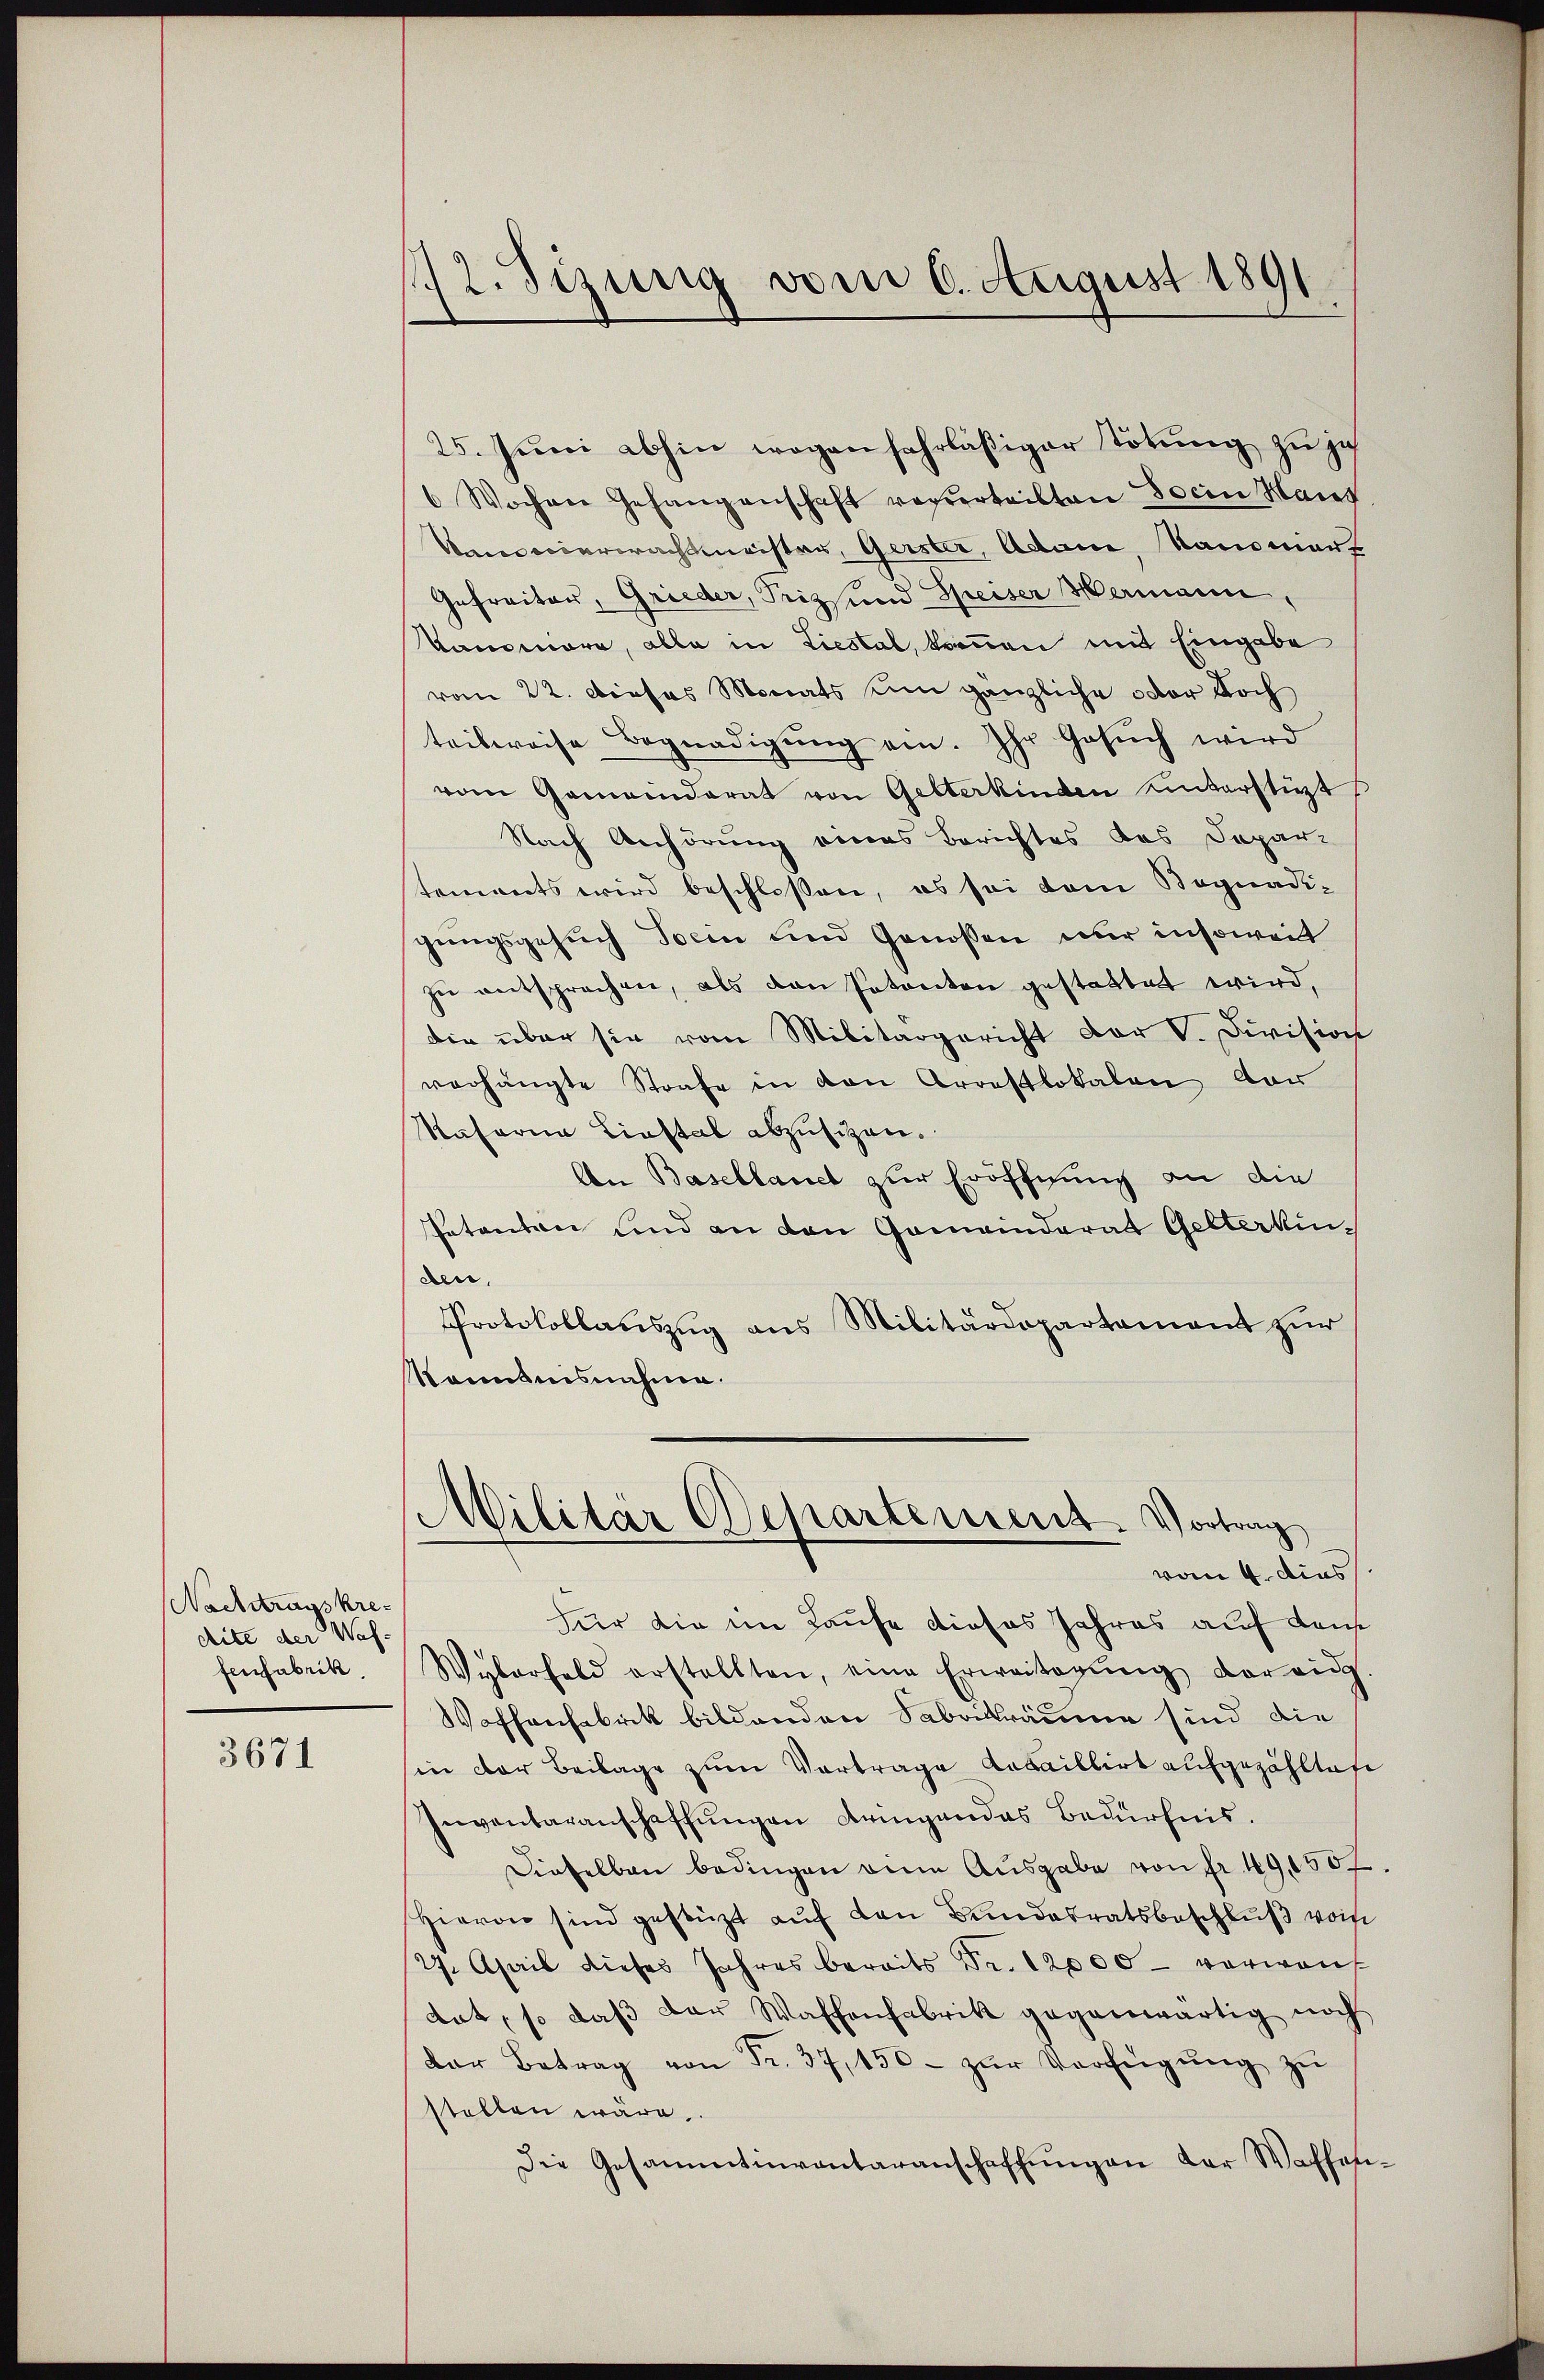
Nachtragskre-
dite der Was-
fenfabrik.

3671

12. Sizung vom 6. August 1891

25. Juni abhin wegen fahrläßiger Tötung zu jet
6 Wochen Gefangenschaft verurteilten Socin Haus
Vonosciarerachtmeister, Gerster, Adame, Raumant
Gefreiter, Grieder, Prizsund Speiser Hermann,
Kamomara, alle in Liestal, kommen mit Eingabe
vom 22. Dieses Monats um gänzliche oder doch
teilweise Begnadigŭng ein. Ihr Gesŭch wird
vom Gemeinderat von Gelterkinden unterstüzt
Nach Anhörung eines Berichtes des Depar-
tements wird beschlossen, es sei dem Begnadigungsgesuch Sein und Genossen nur insoweit
zŭ entsprechen, als den Patenten gestattet wird,
die über sie vom Militärgericht der V. Division
verhängte Strafe in den Arrestlokalen vor
Kaserne Liestal abzusitzen.
An Basellaniel zur Eröffnung an die
Petenten und an den Gemeinderat Gelterkinden,
Protokollauszug aus Militärdepartement zur
känntnisnahme.
Militär Departement. Vortrag
vom 4. dies
Für die im Laufe dieses Jahres auf den
Wylerfeld erstellten, eine Erweitagŭng darauf
Woffarchbrik bildenden Sabrikräume sind die
in der Beilage zum Vortrage Kabaillirt aufgezähltes
Inventaranschaffŭngen dringen das Bedürfnis.
Dieselben bedingen eine Ausgabe von fr. 49,500.
Hievon sind gestüzt auf den Bundesratsbeschluß vom
27. April dieses Jahres beraits Fr. 12000 verwan
dat, so daß der Waffenfabrik gegenwärtig noch
dar Betrag von Fr. 37,150. zŭr Verfügŭng zŭ
stellen wäre.
Die Gesammtinventaranschaffŭngen der Waffen-